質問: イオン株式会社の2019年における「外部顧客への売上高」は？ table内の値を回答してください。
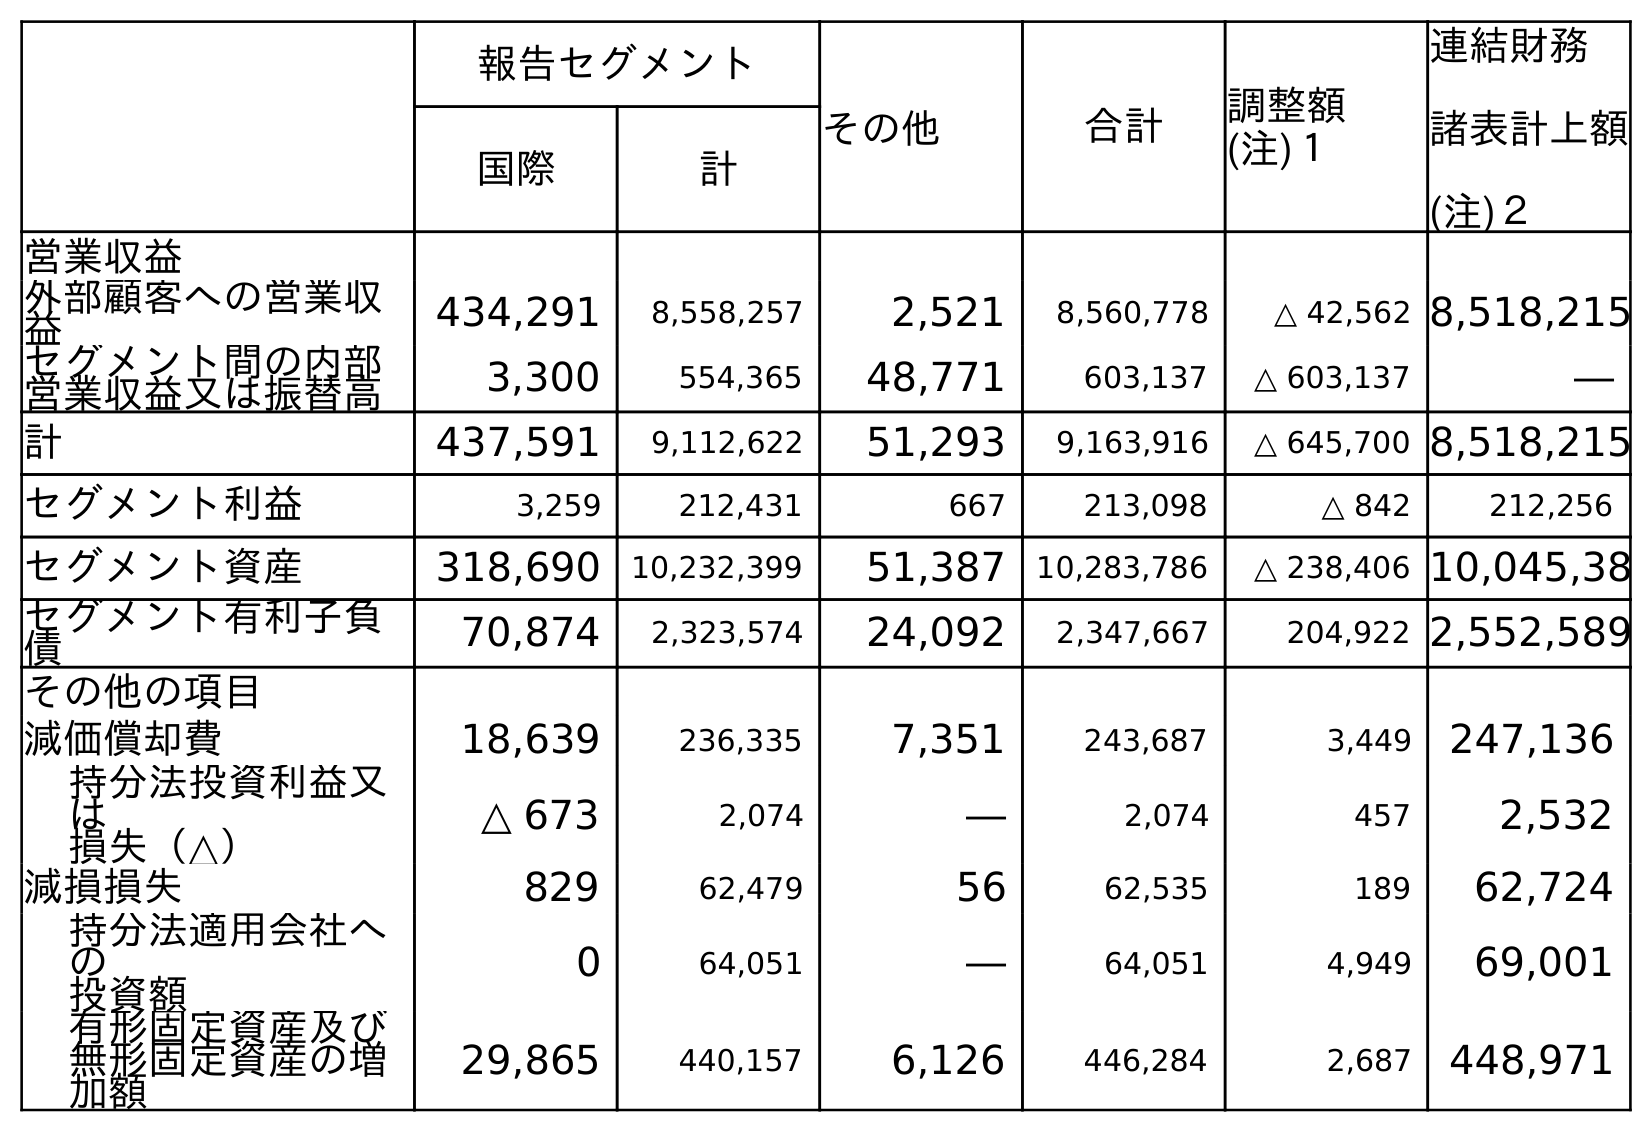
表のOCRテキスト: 報告セグメント その他 合計 調整額 (注)１ 連結財務 諸表計上額 (注)２ 国際 計 営業収益 外部顧客への営業収 益 434,291 8,558,257 2,521 8,560,778 △ 42,562 8,518,215 セグメント間の内部 営業収益又は振替高 3,300 554,365 48,771 603,137 △ 603,137 ― 計 437,591 9,112,622 51,293 9,163,916 △ 645,700 8,518,215 セグメント利益 3,259 212,431 667 213,098 △ 842 212,256 セグメント資産 318,690 10,232,399 51,387 10,283,786 △ 238,406 10,045,38 セグメント有利子負 債 70,874 2,323,574 24,092 2,347,667 204,922 2,552,589 その他の項目 減価償却費 18,639 236,335 7,351 243,687 3,449 247,136 持分法投資利益又 は 損失（△） △ 673 2,074 ― 2,074 457 2,532 減損損失 829 62,479 56 62,535 189 62,724 持分法適用会社へ の 投資額 0 64,051 ― 64,051 4,949 69,001 有形固定資産及び 無形固定資産の増 加額 29,865 440,157 6,126 446,284 2,687 448,971
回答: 8,518,215